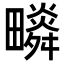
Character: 𤳩